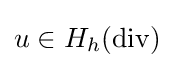
u\in H_{h}(\operatorname {div} )